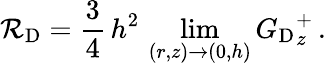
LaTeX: \mathcal{R}_{\mathrm{D}}=\frac{3}{4}\, h^{2}\, \operatorname*{lim}_{(r,z)\to(0,h)}{G_{\mathrm{D}}}_{z}^{+}\, .